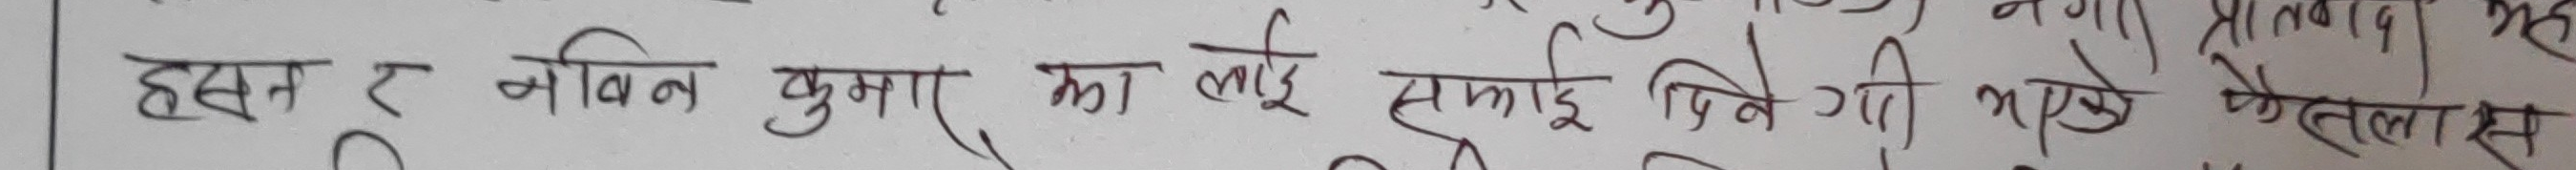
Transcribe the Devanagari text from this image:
हसन र नविन कुसार का लाई समाई दिने गरी भएको भेला स